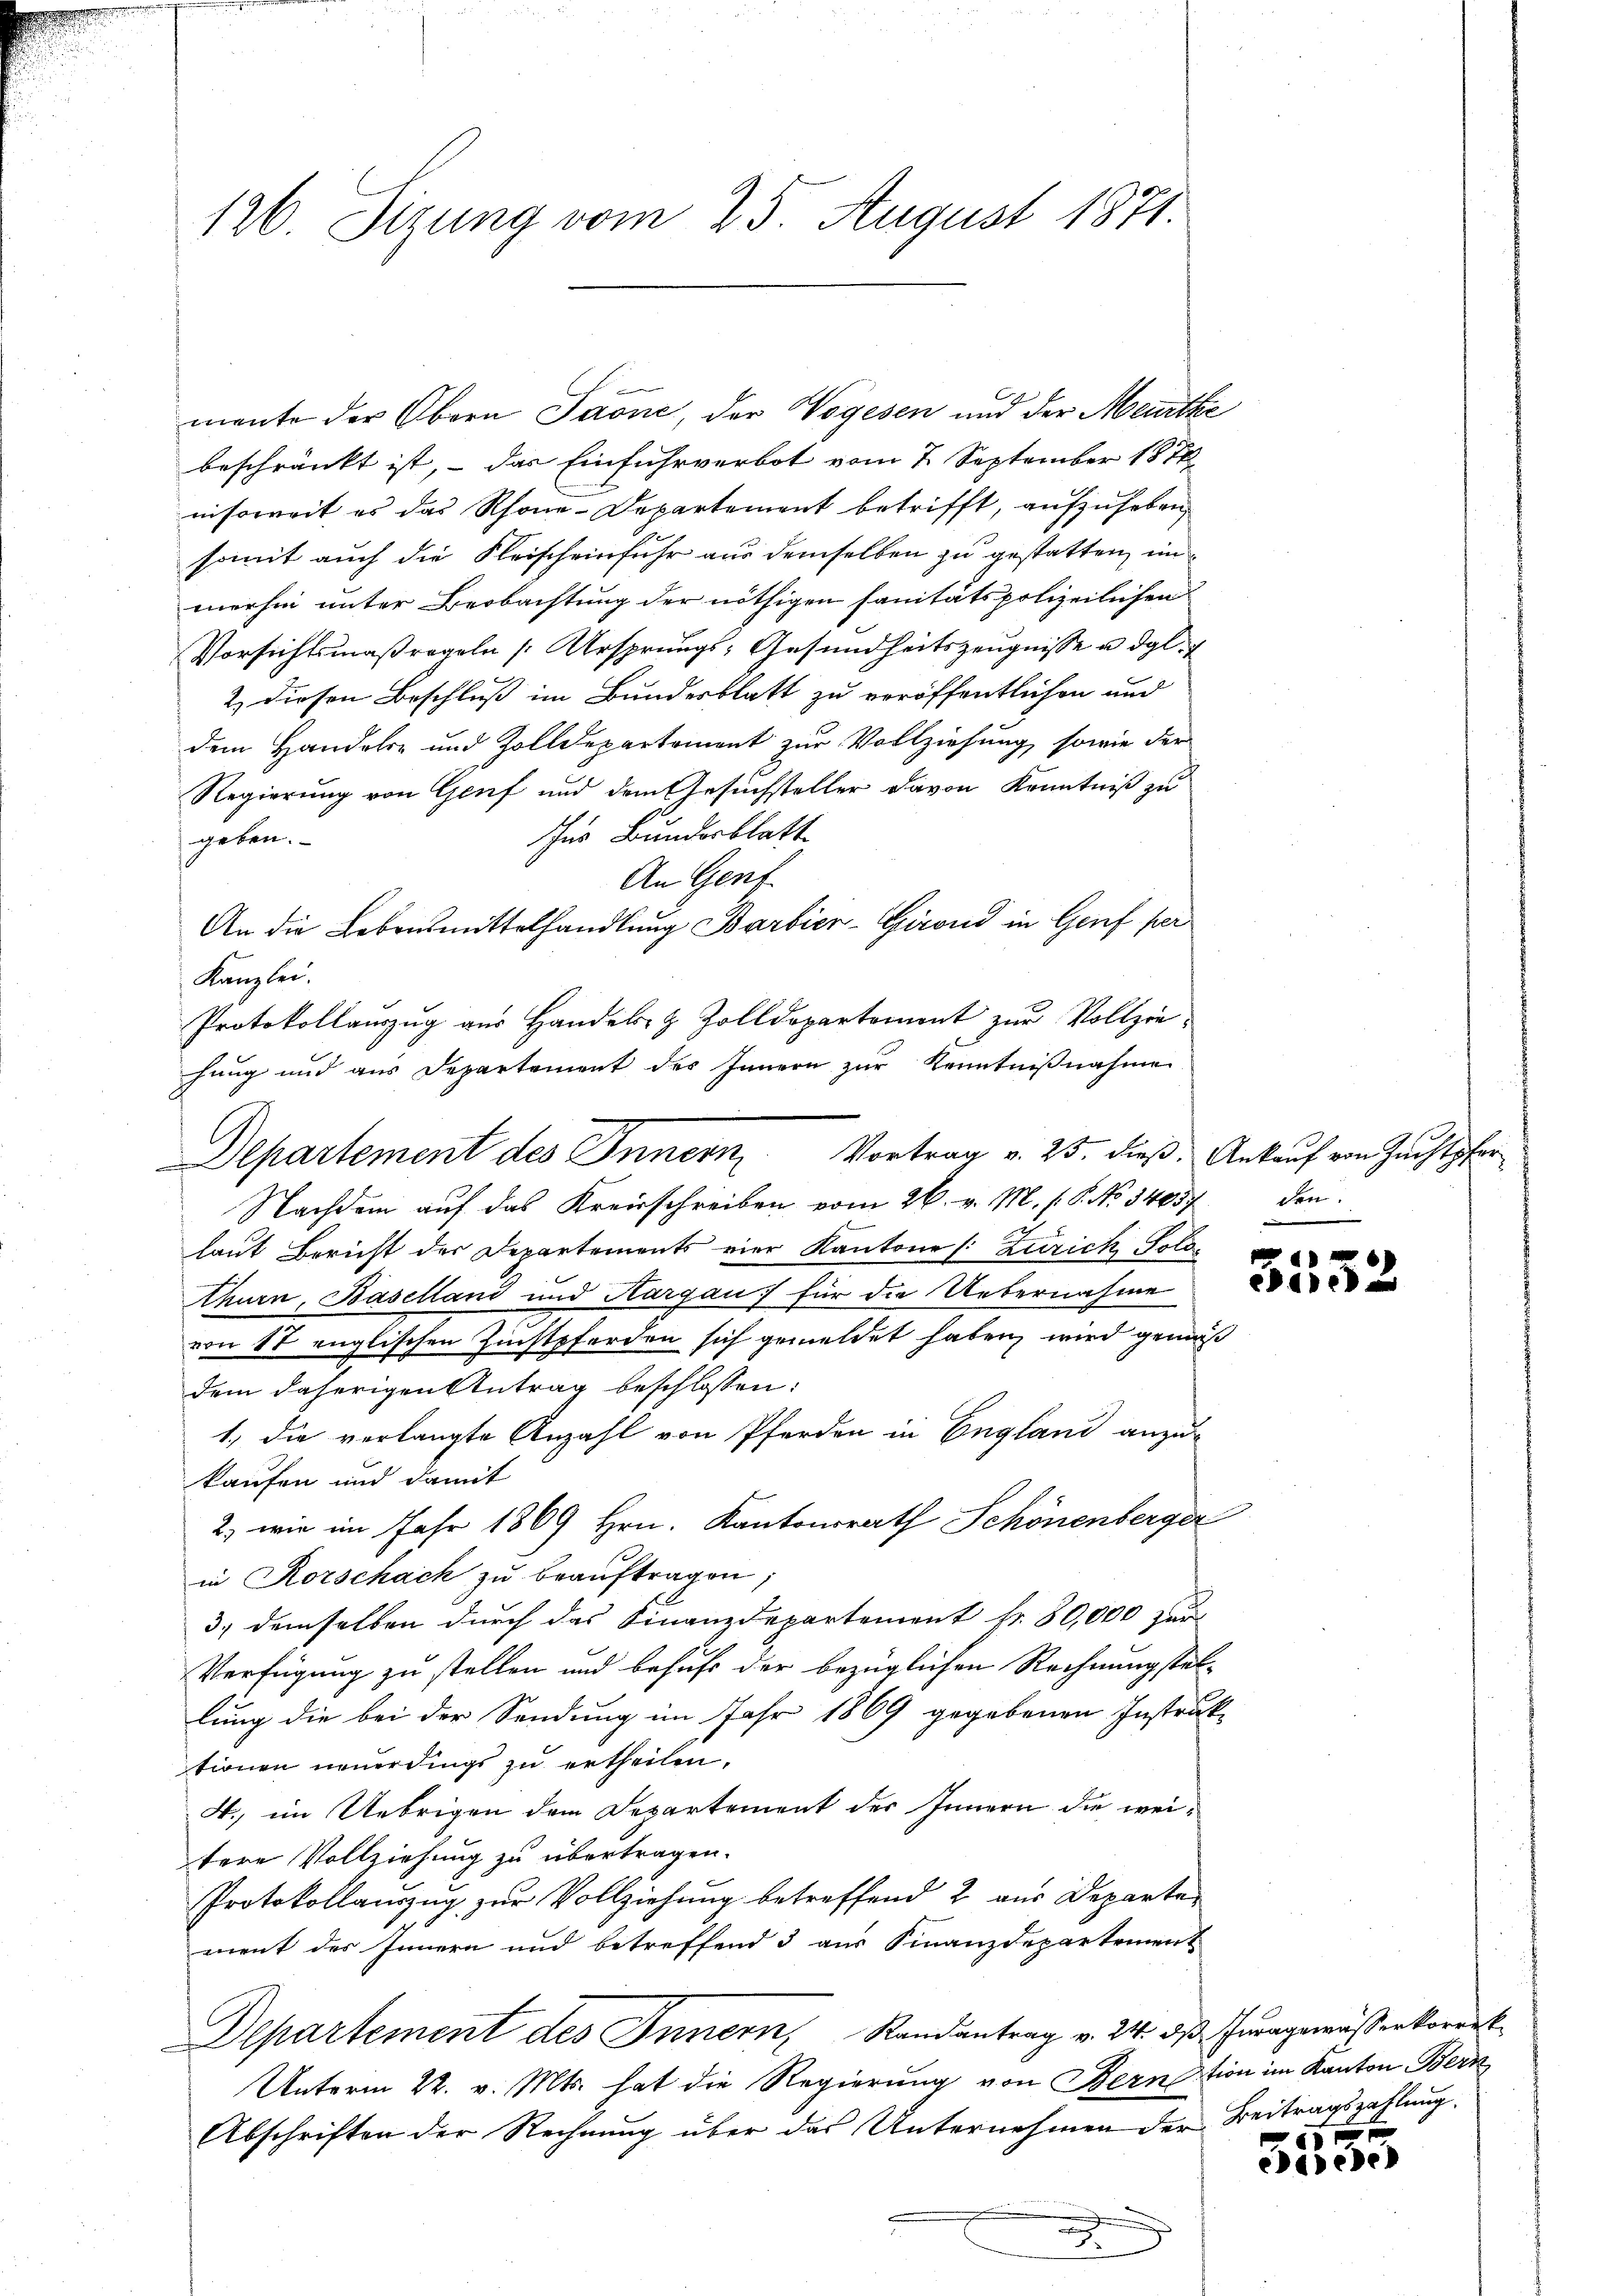
126. Sizung vom 25. August 1871.

mente der Obern Jaone, der Vogesen und der Meurthe
beschränkt ist, – das Einfuhrverbot vom 7. September 1878
nnsoweit es das Rhone-Departement betrifft, aufzuheben,
somit auch die Fleischeinfuhr aus demselben zu gestatten, im
merhin unter Beobachtung der nöthigen sanitätspolizeilichen
Vorsichtsmaßregeln (Ursprungs- Gesundheitszeugnisse u. dgl.
2) diesen Beschluß im Bundesblatt zu veröffentlichen und
dem Handels- und Zolldepartement zur Vollziehung sowie der
Regierung von Genf und dem Gesuchsteller davon Kenntniß zu
Ins Bundesblatt
geben.
An Genf.
An die Lebensmittelhandlung Barbier-Grand in Genf per
Kanzlei.
Protokollauszug aus Handel- & Zolldepartement zur Vollziehung und aus Departement des Innern zur Kenntnißnahme
Nachdem auf das Kreisschreiben vom 26. v. M. s. S. No 14057

laut Bericht des Departements vier Kantone (: Zürich Solo
thurn, Baselland und Aargau für die Uebernahme
von 17 englischen Zinstpferden sich gemeldet haben wird gemäß
dem daherigen Antrag beschlossen:
1.) die verlangte Anzahl von Pferden in England anzu-
kaufen und damit
2) wie im Jahr 1869 Hrn. Kantonsrath Schönenberger
in Rorschach zu beauftragen;
3) demselben durch das Finanzdepartement Nr. 80,000 zur
Verfügung zu stellen und behufs der bezüglichen Rechnung stellung die bei der Sendung im Jahr 1869 gegebenen Instruk-
tionen neuerdings zu ertheilen.
4., im Uebrigen dem Departement des Innern die weitere Vollziehung zu übertragen.
Protokollaŭzŭg zŭr Vollziehŭng betreffend 2 aus Departe
ment des Innern und betreffend 3 aus Finanzdepartement
Departement des Innern, Randantrag v. 24. dβ Junngemässerkorrek
Unterm 22. v. Mts. hat die Regierung von Bernation im Kanton Bern
Abschriften der Rechnung über das Unternehmen der Beitragszahlung
a
.

Departement des Innern, Vortrag v. 25. dieß. Ankauf von Zuchtpfer

den.

515

3

x
eedenen